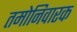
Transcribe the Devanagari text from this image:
तमोनिवारक